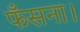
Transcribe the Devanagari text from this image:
फँसना।